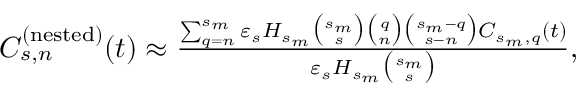
\begin{array} { l l } { C _ { s , n } ^ { ( \mathrm { n e s t e d } ) } ( t ) \approx \frac { \sum _ { q = n } ^ { s _ { m } } \varepsilon _ { s } H _ { s _ { m } } { \binom { s _ { m } } { s } } { \binom { q } { n } } { \binom { s _ { m } - q } { s - n } } C _ { s _ { m } , q } ( t ) } { \varepsilon _ { s } H _ { s _ { m } } { \binom { s _ { m } } { s } } } , } \end{array}